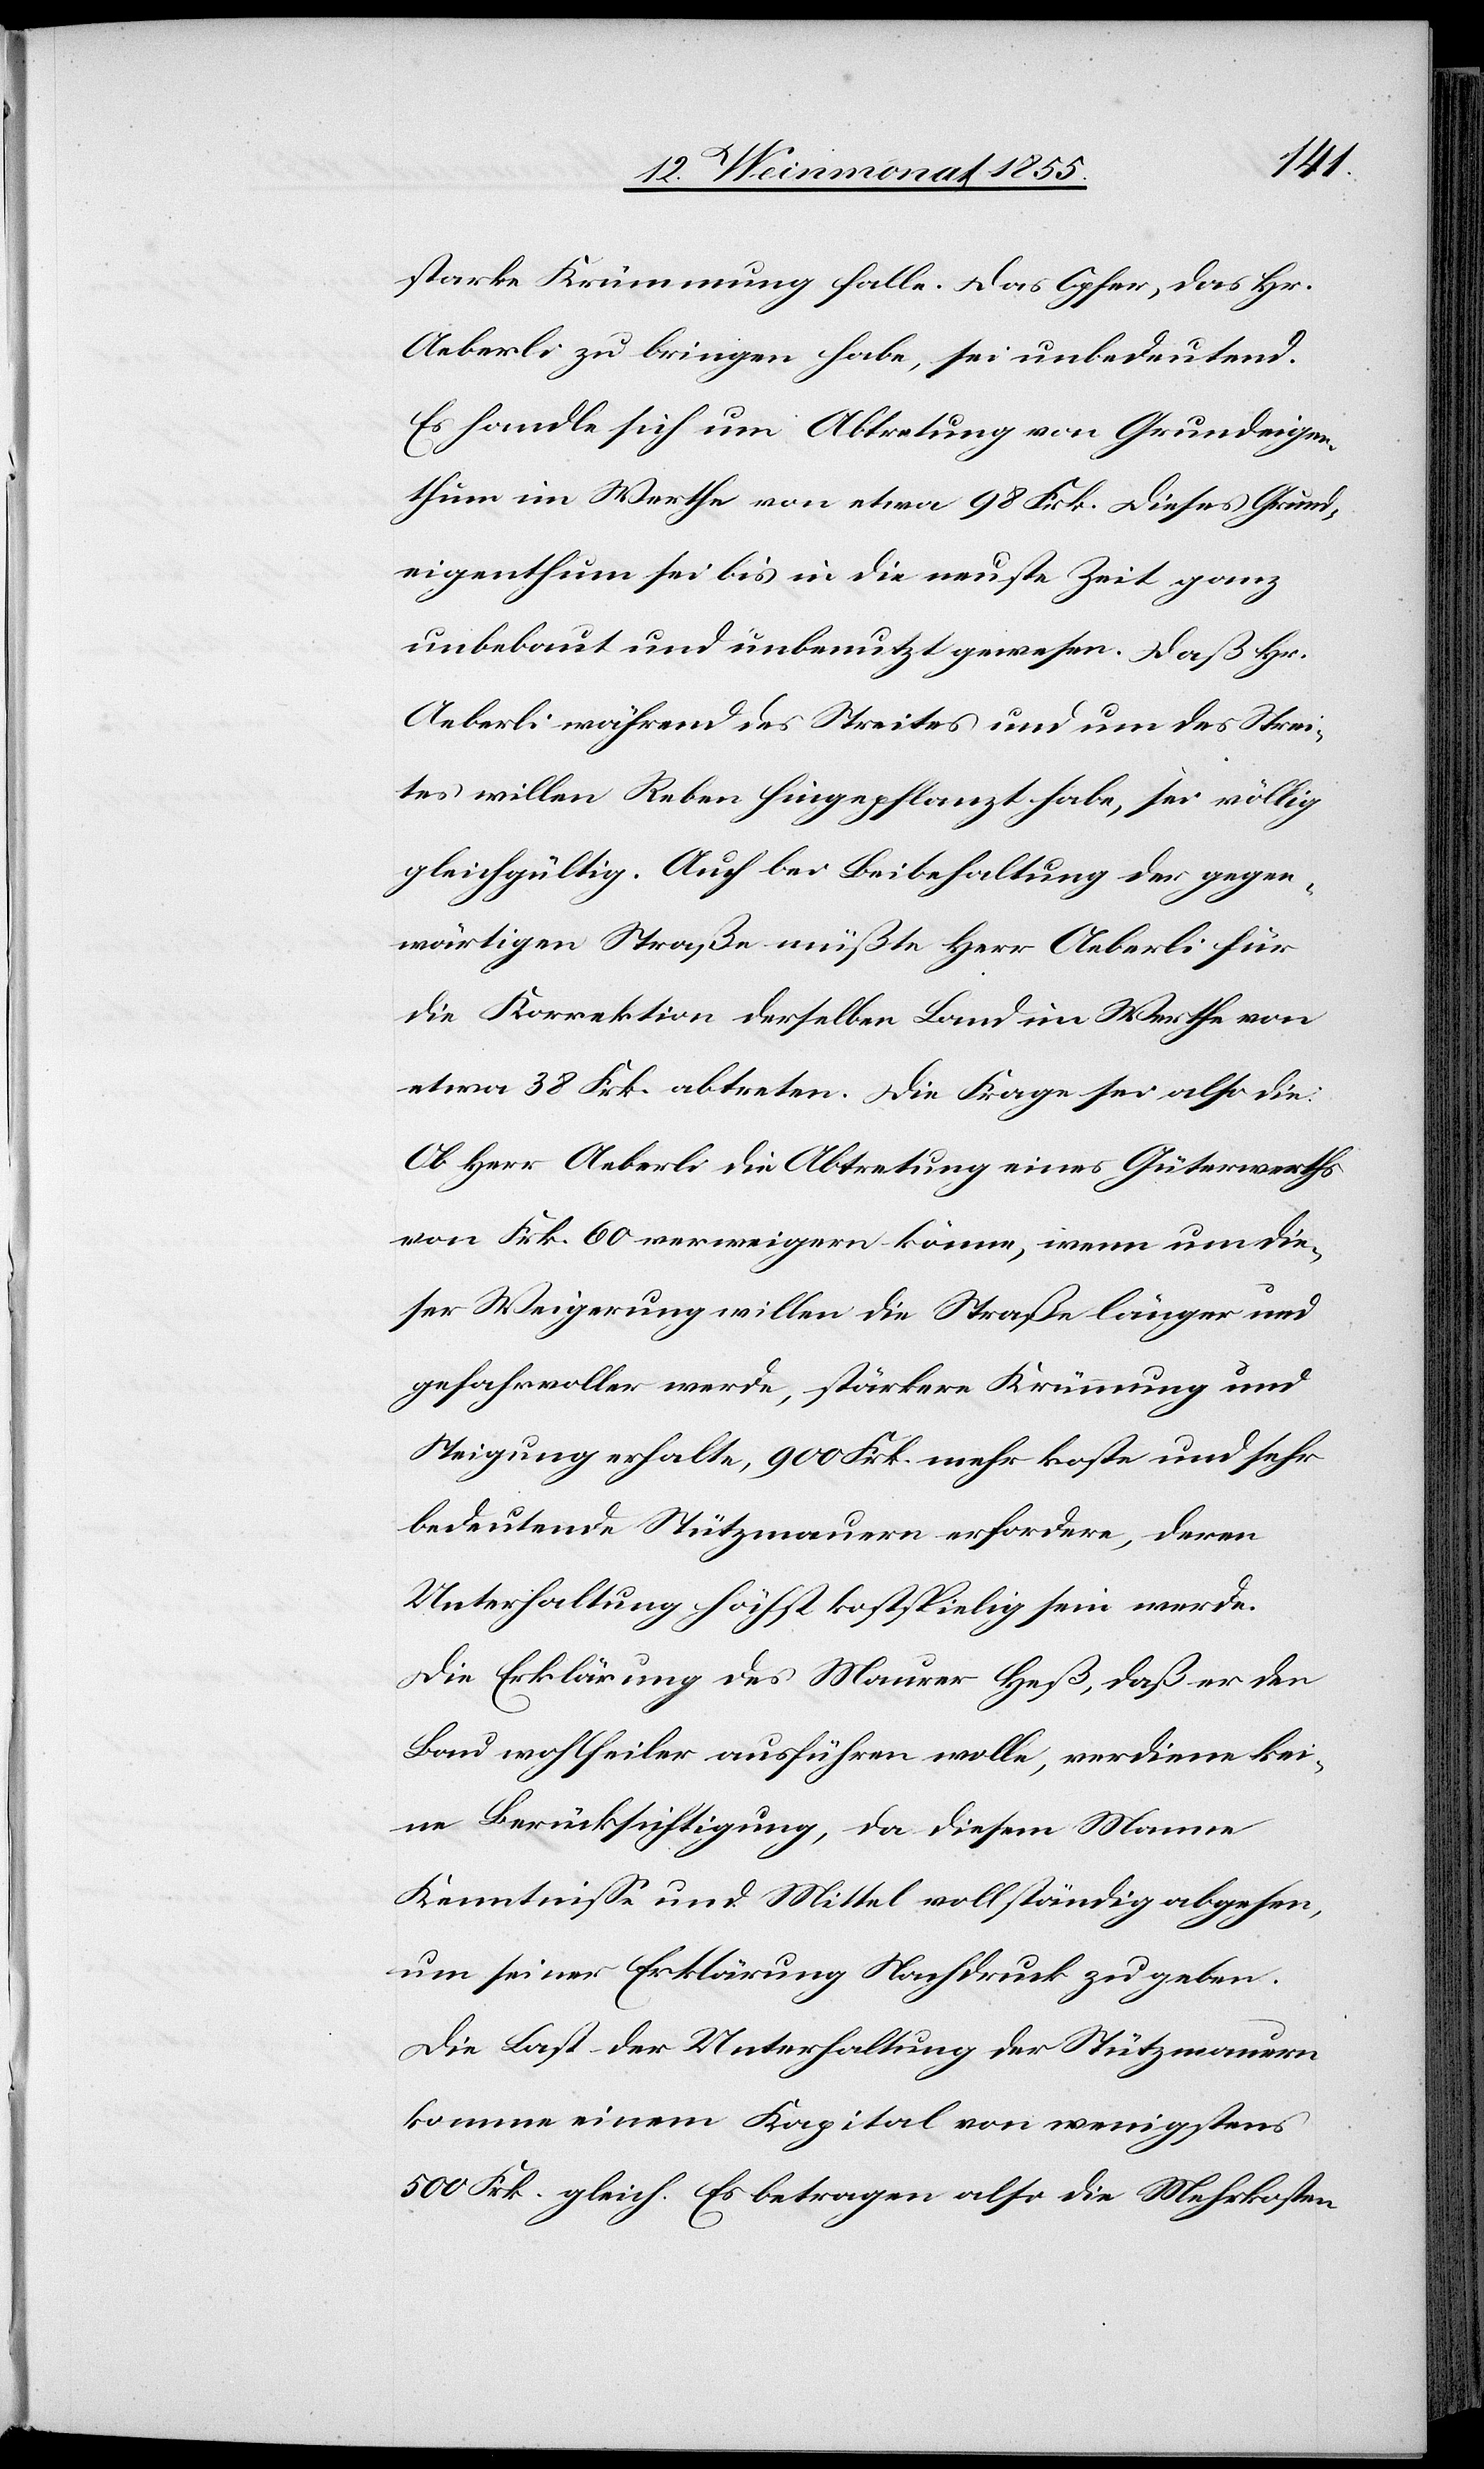
starke Krümmung falle. Das Opfer, das Hr.
Aeberli zu bringen habe, sei unbedeutend.
Es handle sich um Abtretung von Grundeigen¬
thum im Werthe von etwa 98 Frk. Dieses Grund¬
eigenthum sei bis in die neuste Zeit ganz
unbebaut und unbenutzt gewesen. Daß Hr.
Aeberli während des Streites und um das Strei¬
tes willen Reben hingepflanzt habe, sei völlig
gleichgültig. Auch bei Beibehaltung der gegen¬
wärtigen Straße müßte Herr Aeberli für
die Korrektion derselben Land im Werthe von
etwa 38 Frk. abtreten. Die Frage sei also die:
Ob Herr Aeberli die Abtretung eines Güterwerths
von Frk. 60 verweigern könne, wenn um die¬
ser Weigerung willen die Straße länger und
gefahrvoller werde, stärkere Krümmung und
Steigung erhalte, 900 Frk. mehr koste und sehr
bedeutende Stützmauern erfordere, deren
Unterhaltung höchst kostspielig sein werde.
Die Erkärung des Maurer Heß, daß er den
Bau wohlfeiler ausführen wolle, verdiene kei¬
ne Berücksichtigung, da diesem Manne
Kenntnisse und Mittel vollständig abgehen,
um seiner Erklärung Nachdruck zu geben.
Die Last der Unterhaltung der Stützmauern
komme einem Kapital von wenigstens
500 Frk. gleich. Es betragen also die Mehrkosten